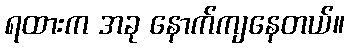
ရထားက အခု နောက်ကျနေတယ်။